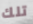
تلك